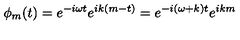
\phi _ { m } ( t ) = e ^ { - i \omega t } e ^ { i k ( m - t ) } = e ^ { - i ( \omega + k ) t } e ^ { i k m }